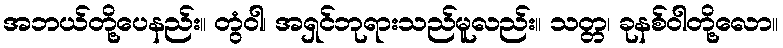
အဘယ်တို့ပေနည်း။ တွံဝါ၊ အရှင်ဘုရားသည်မူလည်း။ သတ္တ၊ ခုနစ်ဝါတို့လော။